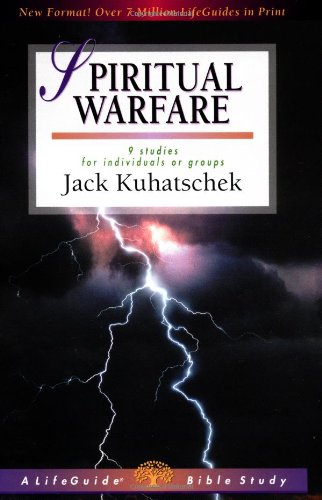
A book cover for Spiritual Warfare (Lifeguide Bible Studies); Jack Kuhatschek; Christian Books & Bibles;